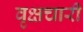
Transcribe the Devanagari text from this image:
वृक्षचारी